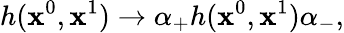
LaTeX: h(\mathbf{x}^{0},\mathbf{x}^{1})\rightarrow\alpha_{+}h(\mathbf{x}^{0},\mathbf{x}^{1})\alpha_{-},